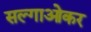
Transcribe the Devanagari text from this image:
सल्गाओकर